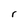
Character: r